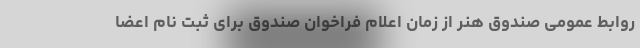
روابط عمومی صندوق هنر از زمان اعلام فراخوان صندوق برای ثبت نام اعضا